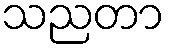
သညတာ